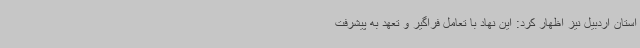
استان اردبیل نیز اظهار کرد: این نهاد با تعامل فراگیر و تعهد به پیشرفت